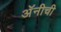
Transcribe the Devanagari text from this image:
अॅनीची